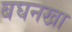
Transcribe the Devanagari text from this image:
बघनखा